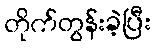
တိုက်တွန်းခဲ့ပြီး